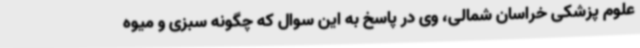
علوم پزشکی خراسان شمالی، وی در پاسخ به این سوال که چگونه سبزی و میوه